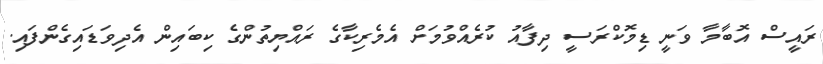
ރައީސް އޮބާމާ ވަނީ ޑިމޮކްރަސީ ދިފާއު ކުރެއްވުމަށް އެމެރިކާގެ ރައްޔިތުންގެ ކިބައިން އެދިވަޑައިގެންފައި.